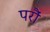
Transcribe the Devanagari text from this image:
परौं